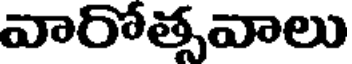
వారోత్సవాలు